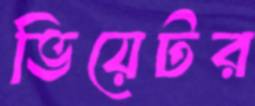
ভিয়েটর